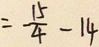
= - \frac { 1 5 } { 4 } - 1 4